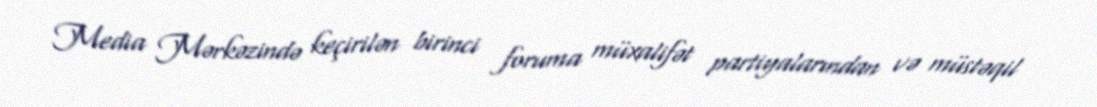
Media Mərkəzində keçirilən birinci foruma müxalifət partiyalarından və müstəqil